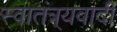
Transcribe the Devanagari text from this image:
स्वातंत्र्यवादी